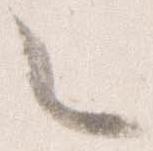
之